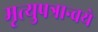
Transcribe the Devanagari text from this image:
मृत्युपत्रान्वये